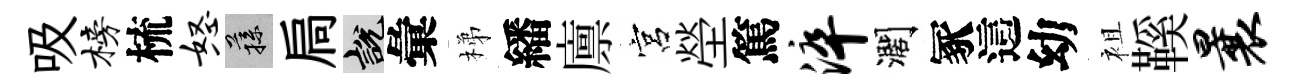
吸榜梳怒蓀扃説彙梯繙廪宮塋篤淬濶冢這幼袓鞵曩